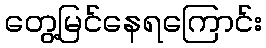
တွေ့မြင်နေရကြောင်း